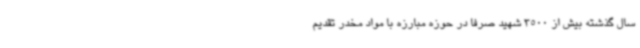
سال گذشته بیش از 3500 شهید صرفا در حوزه مبارزه با مواد مخدر تقدیم